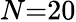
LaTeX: N{=}20